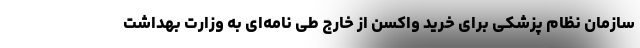
سازمان نظام پزشکی برای خرید واکسن از خارج طی نامه‌ای به وزارت بهداشت